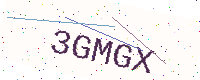
Text: 3GMGX